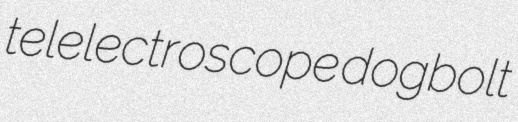
telelectroscope dogbolt